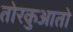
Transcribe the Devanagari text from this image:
तोरकुआतो